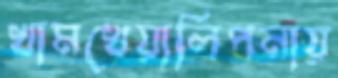
খামখেয়ালিপনায়